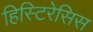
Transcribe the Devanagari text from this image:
हिस्टिरेसिस